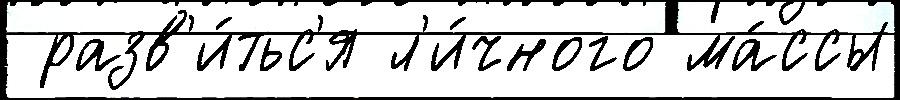
 разв'и́тьс'я л'и́чного ма́ссы